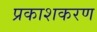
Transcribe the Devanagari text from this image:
प्रकाशकरण